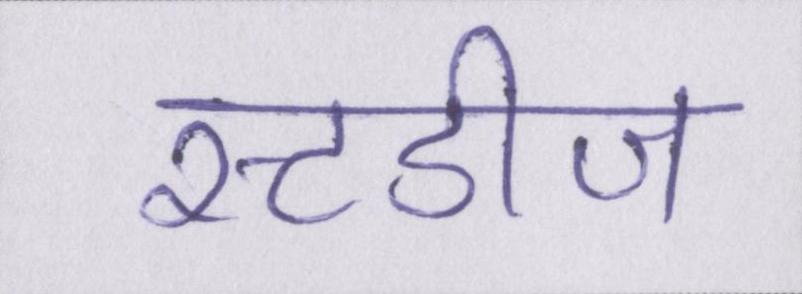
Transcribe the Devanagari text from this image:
स्टडीज